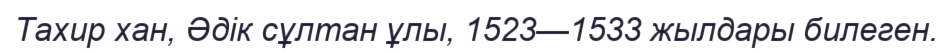
Тахир хан, Әдік сұлтан ұлы, 1523—1533 жылдары билеген.